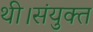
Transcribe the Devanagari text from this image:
थी।संयुक्त